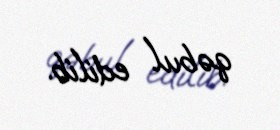
qəbul edilib.